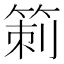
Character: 箣